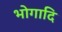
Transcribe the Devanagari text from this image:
भोगादि